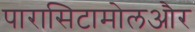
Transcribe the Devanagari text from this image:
पारासिटामोलऔर